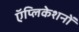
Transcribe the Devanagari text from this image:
ऍप्लिकेशनों